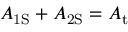
A _ { \mathrm { { 1 S } } } + A _ { \mathrm { { 2 S } } } = A _ { \mathrm { { t } } }